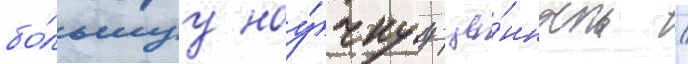
бо́льшуу нау́чнуу це́нность /